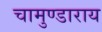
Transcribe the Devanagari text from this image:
चामुण्डाराय